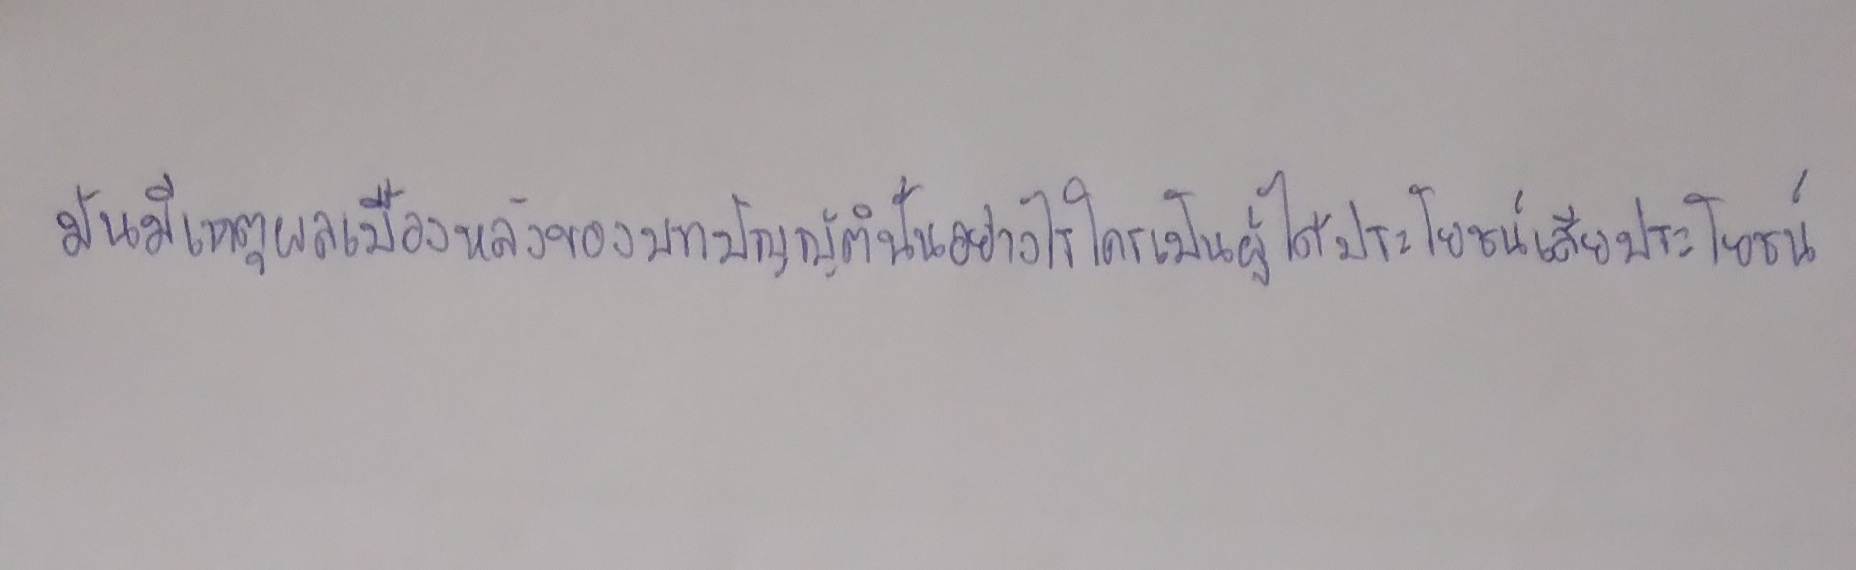
มันมีเหตุผลเบื้องหลังของบทบัญญัตินั้นอย่างไรใครเป็นผู้ได้ประโยชน์เสียประโยชน์